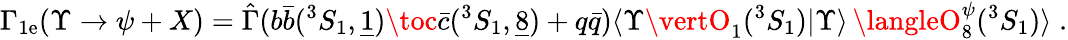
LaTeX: \Gamma_{1\mathrm{e}}(\Upsilon\to\psi+X)=\hat{{\Gamma}}(b\bar{{b}}(^{3}S_{1},\underline{{{{1}}}})\toc\bar{{c}}(^{3}S_{1},\underline{{{{8}}}})+q\bar{{q}})\langle\Upsilon\vertO_{1}(^{3}S_{1})\vert\Upsilon\rangle\, \langleO_{8}^{\psi}(^{3}S_{1})\rangle\; .